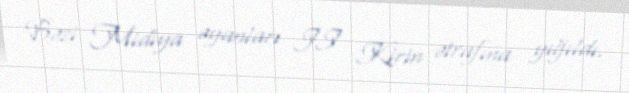
Bəzi Midiya əyanları II Kirin ətrafına yığıldı.